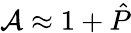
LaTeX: \mathcal{A}\approx 1+\hat{P}